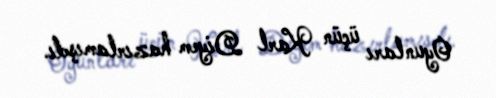
Oyunları üçün Karl Diyem hazırlamışdı.